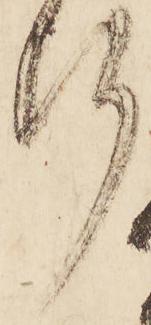
断